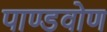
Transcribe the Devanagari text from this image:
पाण्डवोण